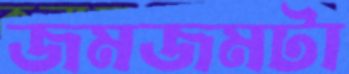
জমজমটা